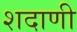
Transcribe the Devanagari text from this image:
शदाणी